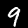
Digit: 9